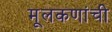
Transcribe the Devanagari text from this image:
मूलकणांची